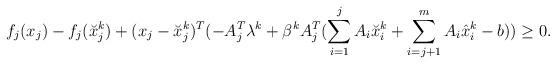
LaTeX: \begin{align*}\begin{aligned} &f_j(x_j)-f_j(\breve{x}_j^k)+(x_j-\breve{x}^k_j)^T(-A_j^T\lambda^k+\beta^kA_j^T(\sum_{i=1}^{j}A_i\breve{x}_i^k+\sum_{i=j+1}^{m}A_i\hat{x}_i^k-b))\geq 0.\end{aligned}\end{align*}